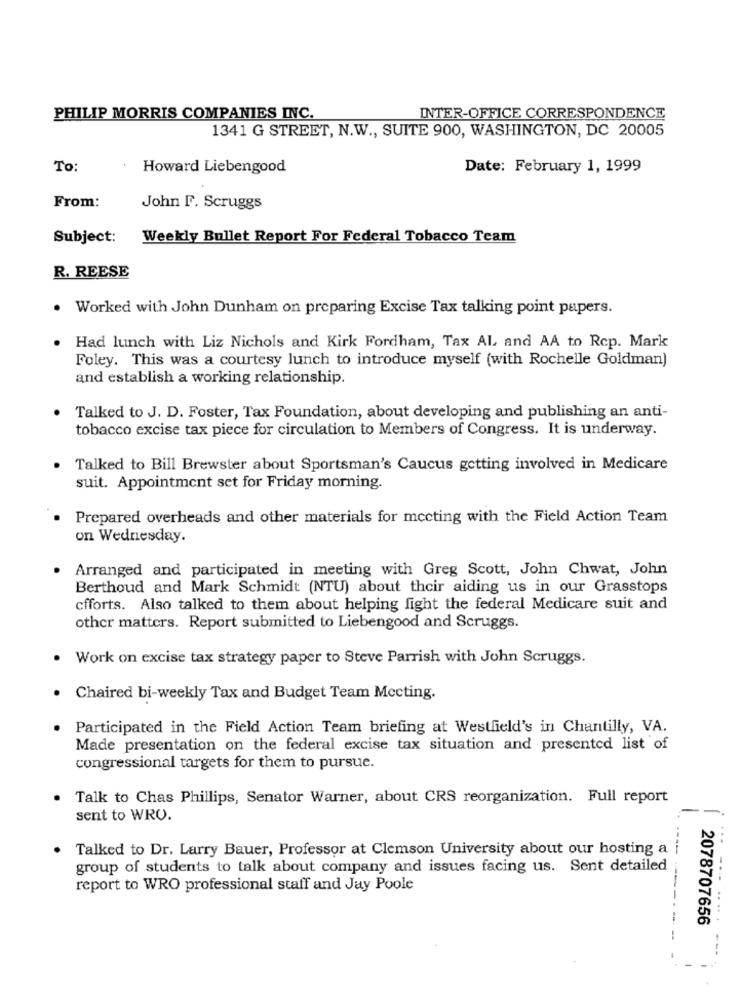
PHILIP MORRIS COMPANIES INC.
INTER-OFFICE CORRESPONDENCE
1341 G STREET, N.W ., SUITE 900, WASHINGTON, DC 20005
To:
Howard Liebengood
Date: February 1, 1999
From:
John F. Scruggs
Subject:
Weekly Bullet Report For Federal Tobacco Team
R. REESE
Worked with John Dunham on preparing Excise Tax talking point papers.
Had lunch with Liz Nichols and Kirk Fordham, Tax AL and AA to Rep. Mark
Foley. This was a courtesy lunch to introduce myself (with Rochelle Goldman)
and establish a working relationship.
Talked to J. D. Foster, Tax Foundation, about developing and publishing an anti-
tobacco excise tax piece for circulation to Members of Congress. It is underway.
. Talked to Bill Brewster about Sportsman's Caucus getting involved in Medicare
suit. Appointment set for Friday morning.
Prepared overheads and other materials for meeting with the Field Action Team
on Wednesday.
Arranged and participated in meeting with Greg Scott, John Chwat, John
Berthoud and Mark Schmidt (NTU) about their aiding us in our Grasstops
cfforts. Also talked to them about helping fight the federal Medicare suit and
other matters. Report submitted to Liebengood and Scruggs.
Work on excise tax strategy paper to Steve Parrish with John Scruggs.
Chaired bi-weekly Tax and Budget Team Mecting.
Participated in the Field Action Team briefing at Westfield's in Chantilly, VA.
Made presentation on the federal excise tax situation and presented list of
congressional targets for them to pursue.
Talk to Chas Phillips, Senator Warner, about CRS reorganization. Full report
sent to WRO.
Talked to Dr. Larry Bauer, Professor at Clemson University about our hosting a
group of students to talk about company and issues facing us. Sent detailed
report to WRO professional staff and Jay Poole
20787076